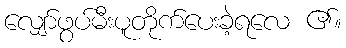
လျှော်ဖွပ်မီးပူတိုက်ပေးခဲ့ရလေ ၏။